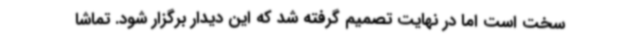
سخت است اما در نهایت تصمیم گرفته شد که این دیدار برگزار شود. تماشا